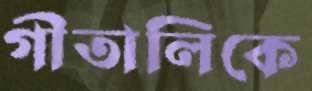
গীতালিকে